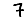
Digit: 7